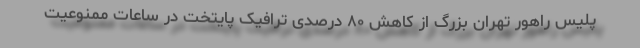
پلیس راهور تهران بزرگ از کاهش ۸۰ درصدی ترافیک پایتخت در ساعات ممنوعیت